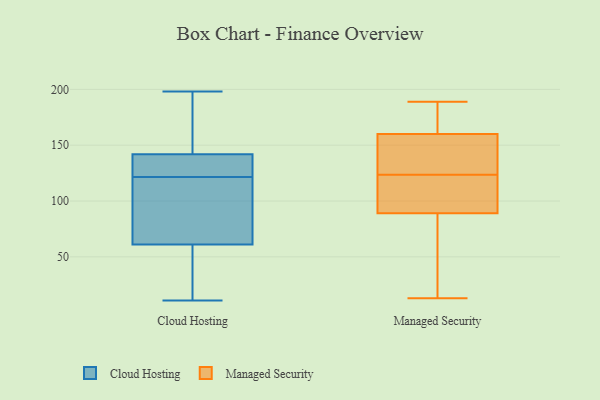
{"axis": {"x": "Waste Production (Tons)", "y": "Value"}, "legend": ["Cloud Hosting", "Managed Security"], "data": [{"x": "", "y": 45, "type": "Cloud Hosting"}, {"x": "", "y": 77, "type": "Cloud Hosting"}, {"x": "", "y": 141, "type": "Cloud Hosting"}, {"x": "", "y": 95, "type": "Cloud Hosting"}, {"x": "", "y": 198, "type": "Cloud Hosting"}, {"x": "", "y": 175, "type": "Cloud Hosting"}, {"x": "", "y": 143, "type": "Cloud Hosting"}, {"x": "", "y": 123, "type": "Cloud Hosting"}, {"x": "", "y": 118, "type": "Cloud Hosting"}, {"x": "", "y": 15, "type": "Cloud Hosting"}, {"x": "", "y": 132, "type": "Cloud Hosting"}, {"x": "", "y": 121, "type": "Cloud Hosting"}, {"x": "", "y": 197, "type": "Cloud Hosting"}, {"x": "", "y": 122, "type": "Cloud Hosting"}, {"x": "", "y": 38, "type": "Cloud Hosting"}, {"x": "", "y": 11, "type": "Cloud Hosting"}, {"x": "", "y": 105, "type": "Managed Security"}, {"x": "", "y": 49, "type": "Managed Security"}, {"x": "", "y": 122, "type": "Managed Security"}, {"x": "", "y": 13, "type": "Managed Security"}, {"x": "", "y": 170, "type": "Managed Security"}, {"x": "", "y": 160, "type": "Managed Security"}, {"x": "", "y": 146, "type": "Managed Security"}, {"x": "", "y": 106, "type": "Managed Security"}, {"x": "", "y": 125, "type": "Managed Security"}, {"x": "", "y": 160, "type": "Managed Security"}, {"x": "", "y": 188, "type": "Managed Security"}, {"x": "", "y": 189, "type": "Managed Security"}, {"x": "", "y": 89, "type": "Managed Security"}, {"x": "", "y": 69, "type": "Managed Security"}]}